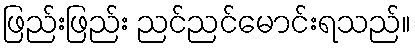
ဖြည်းဖြည်း ညင်ညင်မောင်းရသည်။